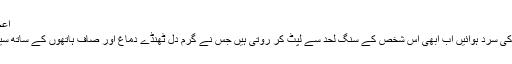
اعجاز منگی
بلوچستان کی سرد ہوائیں اب ابھی اس شخص کے سنگ لحد سے لپٹ کر روتی ہیں جس نے گرم دل ٹھنڈے دماغ اور صاف ہاتھوں کے ساتھ سیاست کی!